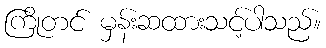
ကြိုတင် မှန်းဆထားသင့်ပါသည်။